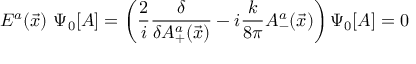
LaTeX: E ^ { a } ( \vec { x } ) ~ \Psi _ { 0 } [ A ] = \left( \frac { 2 } { i } \frac { \delta } { \delta A _ { + } ^ { a } ( \vec { x } ) } - i \frac { k } { 8 \pi } A _ { - } ^ { a } ( \vec { x } ) \right) \Psi _ { 0 } [ A ] = 0